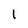
Character: 1